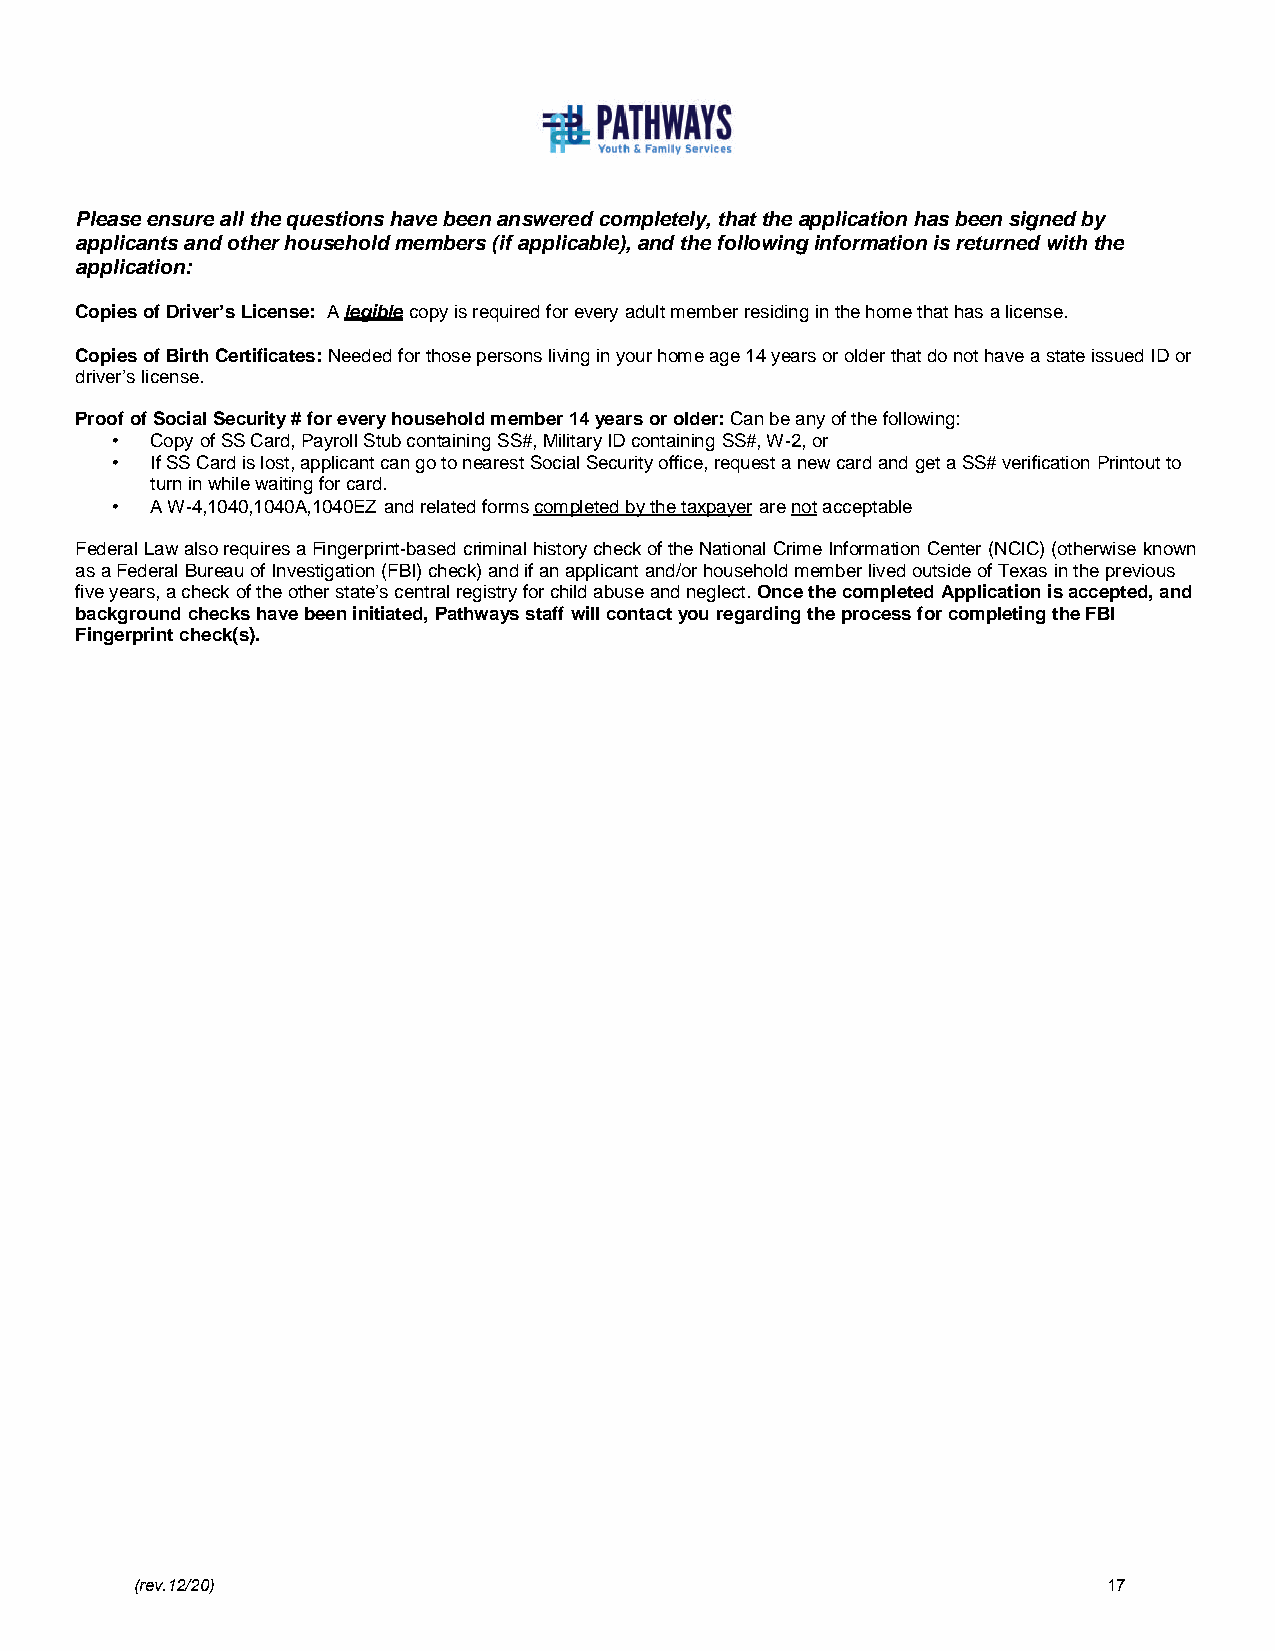
Please ensure all the questions have been answered completely, that the application has been signed by
 applicants and other household members (if applicable), and the following information is returned with the
 application:
 Copies of Driver’s License: A legible copy is required for every adult member residing in the home that has a license.
 Copies of Birth Certificates: Needed for those persons living in your home age 14 years or older that do not have a state issued ID or
 driver’s license.
 Proof of Social Security # for every household member 14 years or older: Can be any of the following:
 •  Copy of SS Card, Payroll Stub containing SS#, Military ID containing SS#, W-2, or
 •  If SS Card is lost, applicant can go to nearest Social Security office, request a new card and get a SS# verification Printout to
 turn in while waiting for card.
 •  A W-4,1040,1040A,1040EZ and related forms com pleted by the taxpayer are not acceptable
 Federal Law also requires a Fingerprint-based criminal history check of the National Crime Information Center (NCIC) (otherwise known
 as a Federal Bureau of Investigation (FBI) check) and if an applicant and/or household member lived outside of Texas in the previous
 five years, a check of the other state’s central registry for child abuse and neglect. Once the completed Application is accepted, and
 background checks have been initiated, Pathways staff will contact you regarding the process for completing the FBI
 Fingerprint check(s).
 (rev.12/20)                                                     17